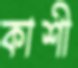
কাশী